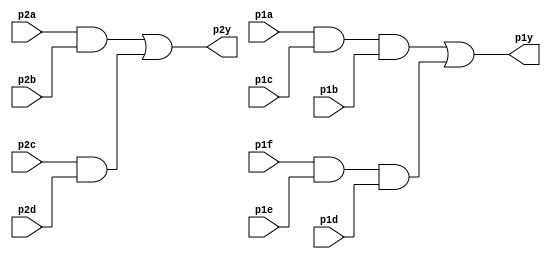
module top_module ( 
    input p1a, p1b, p1c, p1d, p1e, p1f,
    output p1y,
    input p2a, p2b, p2c, p2d,
    output p2y );

    assign p2y = (p2a&p2b)|(p2c&p2d);
    
    wire temp1, temp2;
    assign temp1 = p1a&p1c&p1b;
    assign temp2 = p1f&p1e&p1d;
    assign p1y = temp1|temp2;
    


endmodule